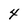
Character: 4